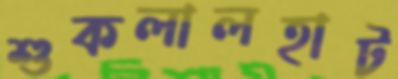
শুকলালহাট